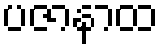
ပဇာနာထ